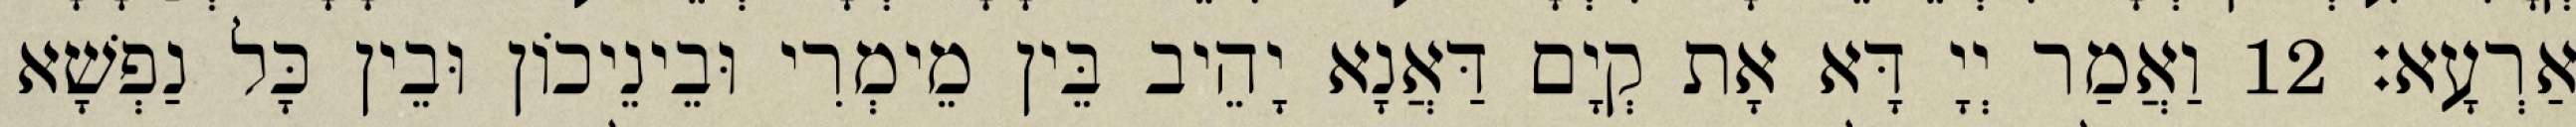
אַרְעָא׃ 12 וַאֲמַר יְיָ דָּא אָת קְיָם דַּאֲנָא יָהֵיב בֵּין מֵימְרִי וּבֵינֵיכוֹן וּבֵין כָּל נַפְשָׁא